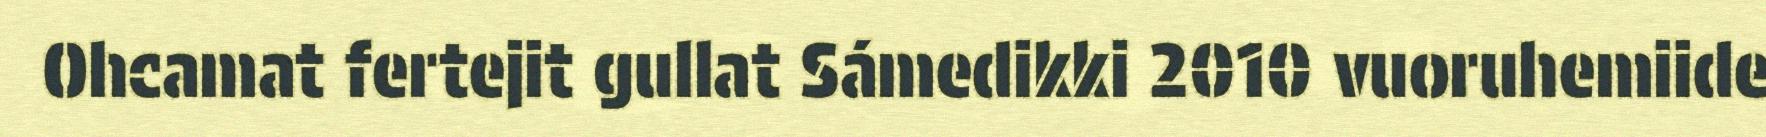
Ohcamat fertejit gullat Sámedikki 2010 vuoruhemiide